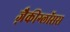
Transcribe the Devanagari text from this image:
ज़ैकीग्लॉसस